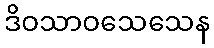
ဒိဝသာဝသေသေန